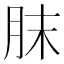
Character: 𦚜